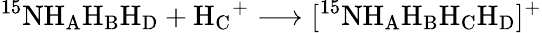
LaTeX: \mathrm{^{15}NH_{A}H_{B}H_{D}}+\mathrm{H_{C}}^{+}\longrightarrow[^{15}\mathrm{NH_{A}H_{B}H_{C}H_{D}}]^{+}